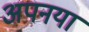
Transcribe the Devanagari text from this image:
अपनया